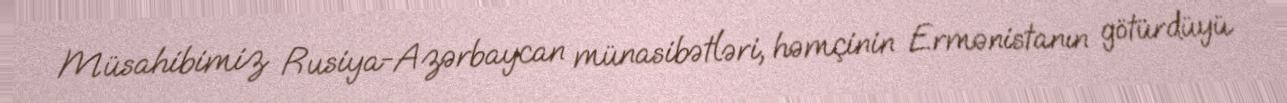
Müsahibimiz Rusiya-Azərbaycan münasibətləri, həmçinin Ermənistanın götürdüyü